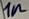
Text: 1n